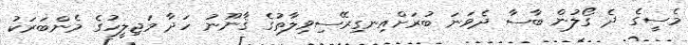
މެސީގެ ދެ ގޯލުން ބާސާ ދެވަނަ ބުރަށްއިނގިރޭސިވިލާތުގެ ޤާނޫނު ހަދާ މަޖިލީހުގެ މެންބަރަކު